Treatise on elephants
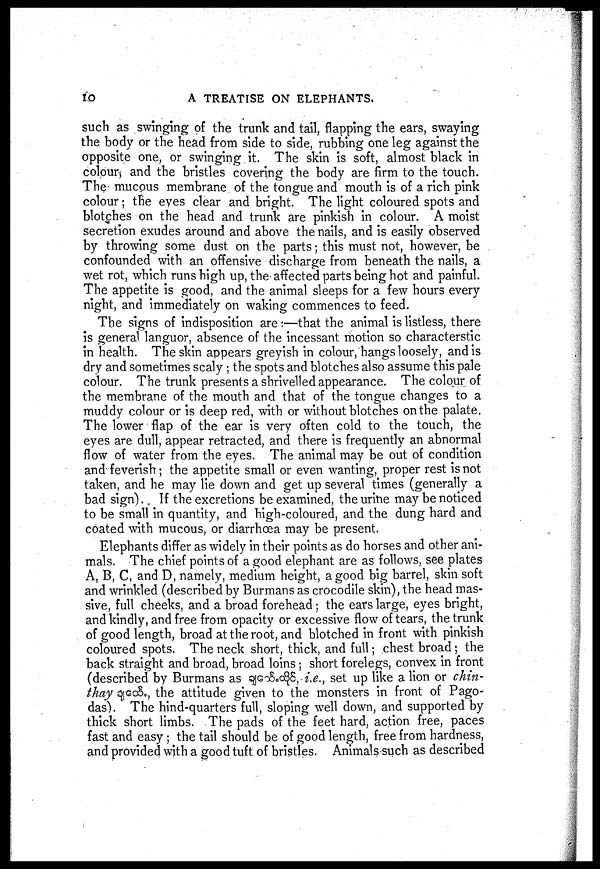
10
A TREATISE ON ELEPHANTS.
such as swinging of the trunk and tail, flapping the ears, swaying
the body or the head from side to side, rubbing one leg against the
opposite one, or swinging it. The skin is soft, almost black in
colour; and the bristles covering the body are firm to the touch.
The mucous membrane of the tongue and mouth is of a rich pink
colour; the eyes clear and bright. The light coloured spots and
blotches on the head and trunk are pinkish in colour. A moist
secretion exudes around and above the nails, and is easily observed
by throwing some dust on the parts; this must not, however, be
confounded with an offensive discharge from beneath the nails, a
wet rot, which runs high up, the affected parts being hot and painful.
The appetite is good, and the animal sleeps for a few hours every
night, and immediately on waking commences to feed.
The signs of indisposition are:—that the animal is listless, there
is general languor, absence of the incessant motion so characterstic
in health. The skin appears greyish in colour, hangs loosely, and is
dry and sometimes scaly ; the spots and blotches also assume this pale
colour. The trunk presents a shrivelled appearance. The colour of
the membrane of the mouth and that of the tongue changes to a
muddy colour or is deep red, with or without blotches on the palate.
The lower flap of the ear is very often cold to the touch, the
eyes are dull, appear retracted, and there is frequently an abnormal
flow of water from the eyes. The animal may be out of condition
and feverish; the appetite small or even wanting, proper rest is not
taken, and he may lie down and get up several times (generally a
bad sign) If the excretions be examined, the urine may be noticed
to be small in quantity, and high-coloured, and the dung hard and
coated with mucous, or diarrhoea may be present.
Elephants differ as widely in their points as do horses and other ani-
mals. The chief points of a good elephant are as follows, see plates
A, B, C, and D, namely, medium height, a good big barrel, skin soft
and wrinkled (described by Burmans as crocodile skin), the head mas-
sive, full cheeks, and a broad forehead; the ears large, eyes bright,
and kindly, and free from opacity or excessive flow of tears, the trunk
of good length, broad at the root, and blotched in front with pinkish
coloured spots. The neck short, thick, and full; chest broad; the
back straight and broad, broad loins; short forelegs, convex in front
(described by Burmans as
, i.e., set up like a lion or chin-
thay
., the attitude given to the monsters in front of Pago-
das). The hind-quarters full, sloping well down, and supported by
thick short limbs. The pads of the feet hard, action free, paces
fast and easy ; the tail should be of good length, free from hardness,
and provided with a good tuft of bristles. Animals such as described